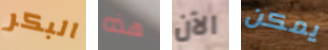
البكر هذه الآن يمكن